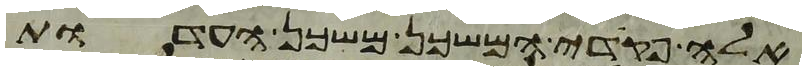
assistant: אלה פקדי המשכן משכן העדות